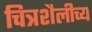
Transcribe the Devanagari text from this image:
चित्रशैलीच्य